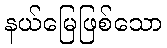
နယ်မြေဖြစ်သော